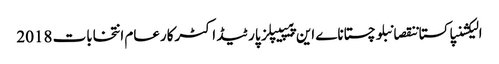
الیکشنپاکستاننقصانبلوچستاناے این پیپیپلز پارٹیڈاکٹرکارعام انتخابات 2018